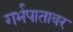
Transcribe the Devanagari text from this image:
गर्भपातावर